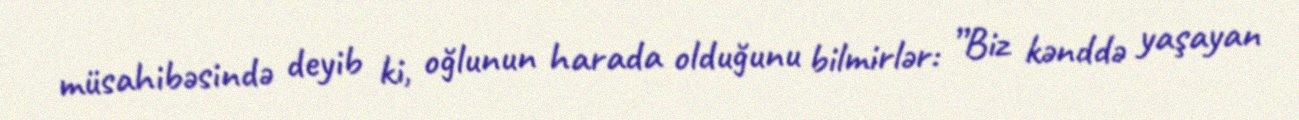
müsahibəsində deyib ki, oğlunun harada olduğunu bilmirlər: ”Biz kənddə yaşayan